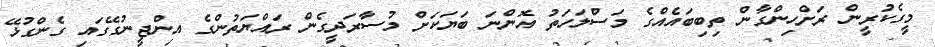
މީގެކުރީން ރަށްހިންގާން ތިބިބައެއްގެ މަސްލަހަތު އޮންނަ ބަޔަކަށް މުސާރަދީގެން ރައްޔަތުންގެ އިންޖީނުގޭގައި ގެންގުޅޭ